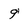
Character: 9